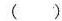
( )